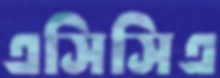
এসিসিএ